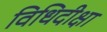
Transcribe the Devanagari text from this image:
विधिदीक्षा